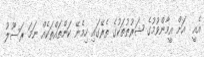
އެއީ  އަށް އީމާންވުމުގެ ޝަރުޠުތަކުގެ ތެރޭގައި ހިމެނޭ ކަންތައްތަކެއް ނަމަ ރަސޫލު